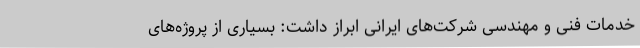
خدمات فنی و مهندسی شرکت‌های ایرانی ابراز داشت: بسیاری از پروژه‌های